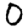
Digit: 0